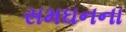
સમઘનના